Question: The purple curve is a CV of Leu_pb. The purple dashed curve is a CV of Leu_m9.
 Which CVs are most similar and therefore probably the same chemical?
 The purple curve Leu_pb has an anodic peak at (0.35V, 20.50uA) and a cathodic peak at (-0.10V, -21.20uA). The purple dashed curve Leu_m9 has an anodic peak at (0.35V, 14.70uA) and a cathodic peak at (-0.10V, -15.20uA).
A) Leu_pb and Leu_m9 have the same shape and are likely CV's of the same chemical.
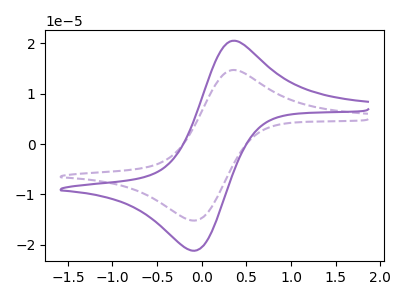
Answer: <think>All the peaks in "Leu_pb" have a peak in "Leu_m9" at the same potential. Every peak in "Leu_pb" is higher than every peak in "Leu_m9".
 </think>
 <answer>A) "Leu_pb" and "Leu_m9" have the same shape and are likely CV's of the same chemical.</answer>
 <eval>A</eval>